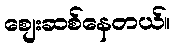
စျေးဆစ်နေတယ်။